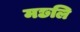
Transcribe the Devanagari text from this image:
मछलि